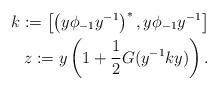
LaTeX: \begin{align*}k:=\left[\left(y\phi_{-1}y^{-1}\right)^*,y\phi_{-1}y^{-1}\right] \\z:=y\left(1+\frac{1}{2}G(y^{-1}ky)\right).\end{align*}